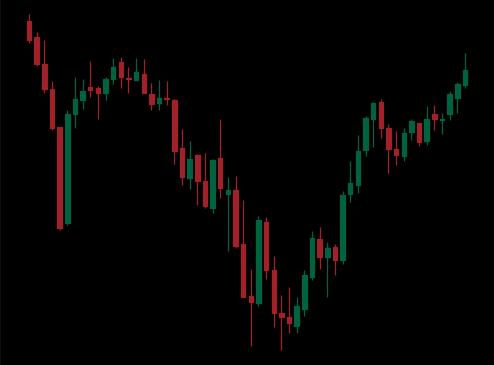
Pattern: inverse_head_shoulders